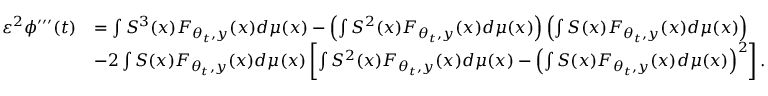
\begin{array} { r l } { \ensuremath { \varepsilon } ^ { 2 } \phi ^ { \prime \prime \prime } ( t ) } & { = \int S ^ { 3 } ( x ) F _ { \theta _ { t } , y } ( x ) d \mu ( x ) - \left( \int S ^ { 2 } ( x ) F _ { \theta _ { t } , y } ( x ) d \mu ( x ) \right) \left( \int S ( x ) F _ { \theta _ { t } , y } ( x ) d \mu ( x ) \right) } \\ & { - 2 \int S ( x ) F _ { \theta _ { t } , y } ( x ) d \mu ( x ) \left[ \int S ^ { 2 } ( x ) F _ { \theta _ { t } , y } ( x ) d \mu ( x ) - \left( \int S ( x ) F _ { \theta _ { t } , y } ( x ) d \mu ( x ) \right) ^ { 2 } \right] . } \end{array}